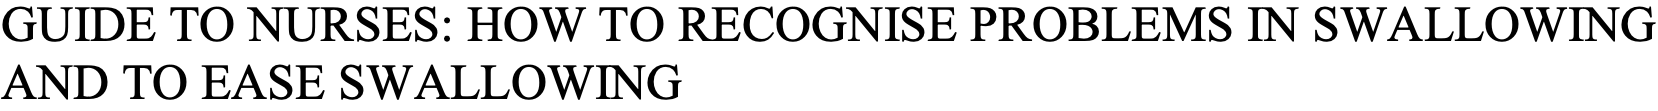
GUIDE TO NURSES: HOW TO RECOGNISE PROBLEMS IN SWALLOWING AND TO EASE SWALLOWING